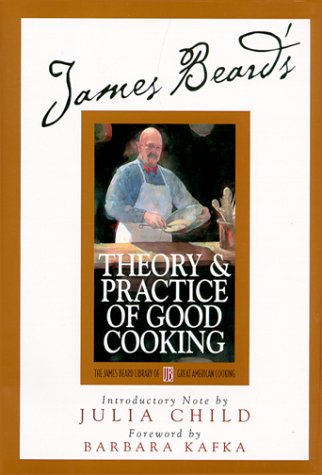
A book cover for James Beard's Theory and Practice Of Good Cooking (James Beard Library of Great American Cooking); James Beard; Cookbooks, Food & Wine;